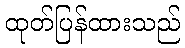
ထုတ်ပြန်ထားသည်